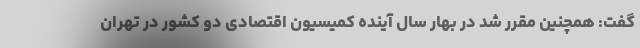
گفت: همچنین مقرر شد در بهار سال آینده کمیسیون اقتصادی دو کشور در تهران